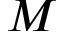
M